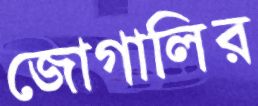
জোগালির